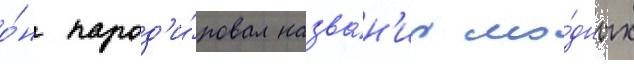
о́н парод'и́ровал назва́н'иа мо́дных